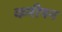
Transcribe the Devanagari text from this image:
कमीषन